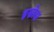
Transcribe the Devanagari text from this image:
इस्रोस